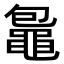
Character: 𪓠